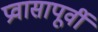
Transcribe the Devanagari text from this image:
प्रवासापूर्वी